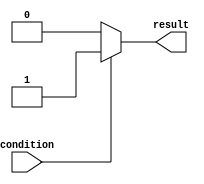
module if_else_statement (
    input wire condition,
    output reg result
);

    always @* begin
        if (condition) begin
            // Code to be executed when condition is true
            result <= 1'b1;
        end else begin
            // Code to be executed when condition is false
            result <= 1'b0;
        end
    end

endmodule